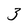
Character: 3